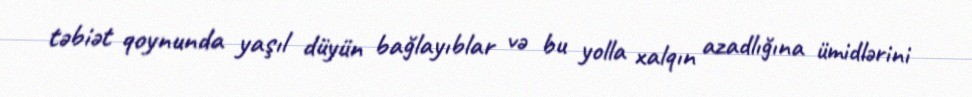
təbiət qoynunda yaşıl düyün bağlayıblar və bu yolla xalqın azadlığına ümidlərini